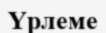
Үрлеме